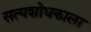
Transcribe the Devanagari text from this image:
सत्यशोधकाला